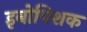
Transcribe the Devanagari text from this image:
इबोपिशक